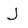
Character: J